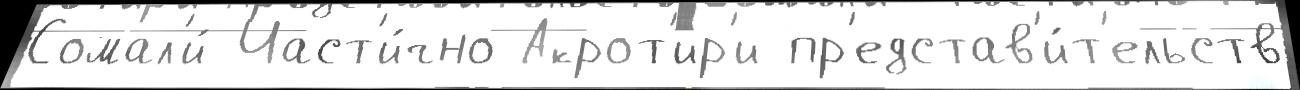
Сомал'и́ Част'и́чно Акрот'ир'и пр'едстав'и́т'ельств